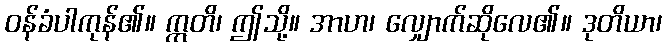
ဝန်ခံပါကုန်၏။ ဣတိ၊ ဤသို့။ အာဟ၊ လျှောက်ဆိုလေ၏။ ဒုတိယာ၊